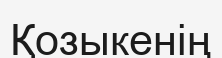
Қозыкенің